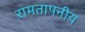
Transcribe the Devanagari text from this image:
रामतापनीय